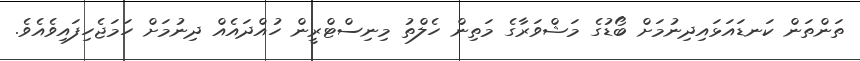
ތަންތަން ކަނޑައަޅައިދިނުމަށް ބޯޑުގެ މަޝްވަރާގެ މަތިން ހެލްތު މިނިސްޓްރީން ހުއްދައެއް ދިނުމަށް ހަމަޖެހިފައިވެއެވެ.